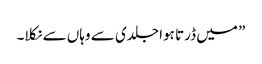
” میں ڈرتا ہوا جلدی سے وہاں سے نکلا۔